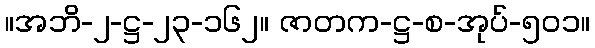
။အဘိ-၂-ဋ္ဌ-၂၃-၁၆၂။ ဇာတက-ဋ္ဌ-စ-အုပ်-၅၀၁။